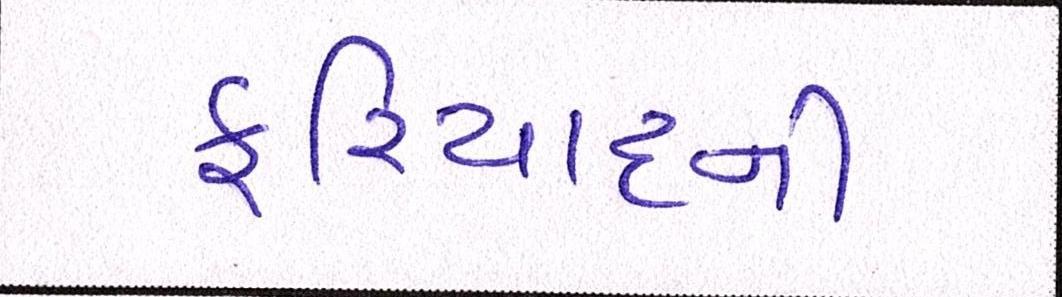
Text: ફરિયાદની